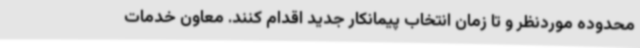
محدوده موردنظر و تا زمان انتخاب پیمانکار جدید اقدام کنند. معاون خدمات